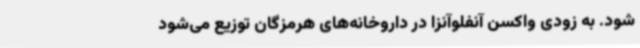
شود. به زودی واکسن آنفلوآنزا در داروخانه‌های هرمزگان توزیع می‌شود